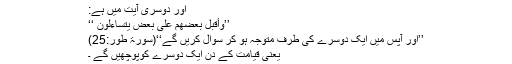
اور دوسری آیت میں ہے:
’’وَأَقْبَلَ بَعْضُهُمْ عَلَىٰ بَعْضٍ يَتَسَاءَلُونَ ‘‘
’’اور آپس میں ایک دوسرے کی طرف متوجہ ہو کر سوال کریں گے‘‘(سورۃ طور:25)
یعنی قیامت کے دن ایک دوسرے کوپوچھیں گے ۔